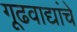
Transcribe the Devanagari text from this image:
गूढवाद्यांचे